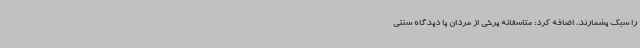
را سبک بشمارند، اضافه کرد: متاسفانه برخی از مردان با دیدگاه سنتی